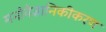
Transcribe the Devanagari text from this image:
मनोवैज्ञानिकीकरण